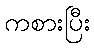
ကစားပြီး